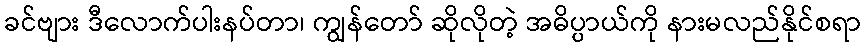
ခင်ဗျား ဒီလောက်ပါးနပ်တာ၊ ကျွန်တော် ဆိုလိုတဲ့ အဓိပ္ပာယ်ကို နားမလည်နိုင်စရာ